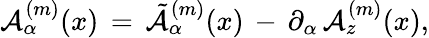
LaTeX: \mathcal{A}_{\alpha}^{(m)}(x)\, =\, \tilde{{\mathcal{A}}}_{\alpha}^{(m)}(x)\, -\, \partial_{\alpha}\, \mathcal{A}_{z}^{(m)}(x),